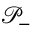
\mathcal { P } _ { - }